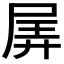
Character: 𡱯